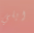
ايلي